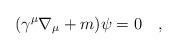
LaTeX: \begin{align*}(\gamma^\mu\nabla_\mu+m)\psi=0~~~,\end{align*}